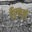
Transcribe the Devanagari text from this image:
रिग्लर्स